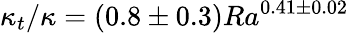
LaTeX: \kappa_{t}/\kappa=(0.8\pm 0.3)Ra^{0.41\pm 0.02}